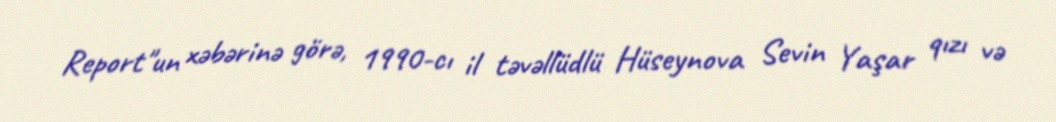
Report"un xəbərinə görə, 1990-cı il təvəllüdlü Hüseynova Sevin Yaşar qızı və